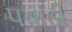
પવાડી